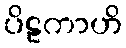
ပိဠကာဟိ